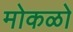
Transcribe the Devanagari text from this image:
मोकळो